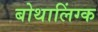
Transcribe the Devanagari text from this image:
बोथालिंग्क